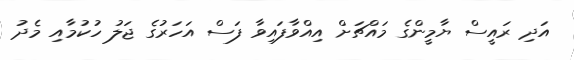
އަދި ރައީސް ޔާމީންގެ މައްޗަށް އިއްވާފައިވާ ފަސް އަހަރުގެ ޖަލު ހުކުމާއި މެދު